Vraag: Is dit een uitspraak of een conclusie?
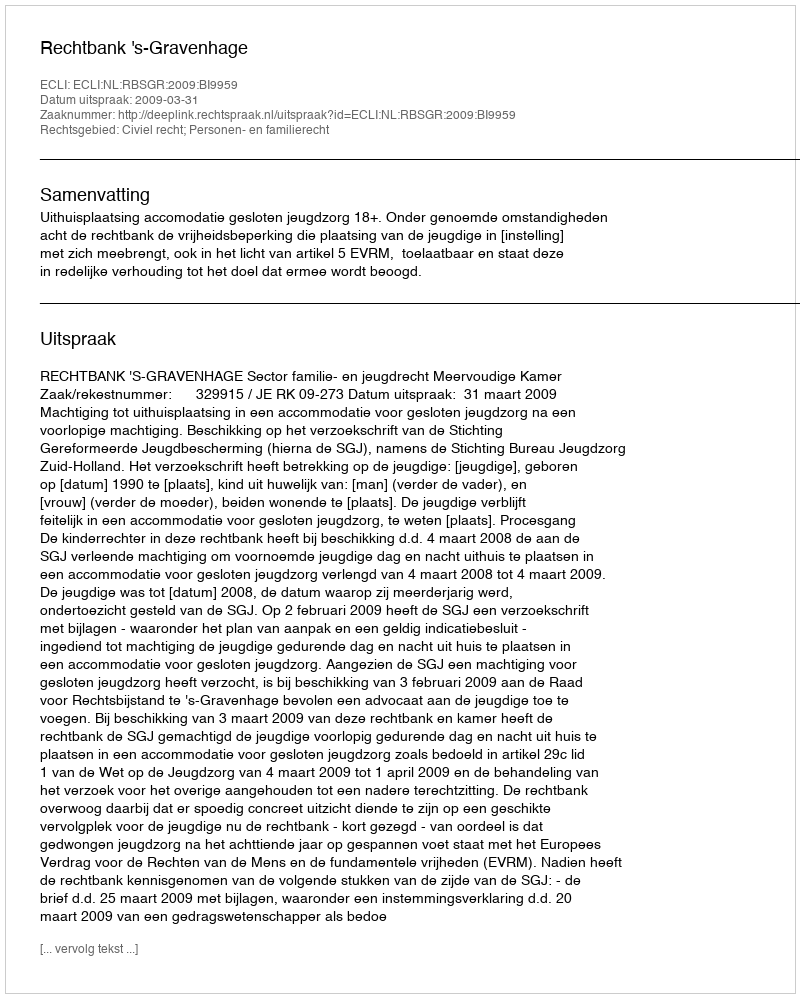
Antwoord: Uitspraak